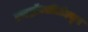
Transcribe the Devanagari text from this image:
हाइड्रॉक्सीटोल्यून